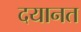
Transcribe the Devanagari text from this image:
दयानत